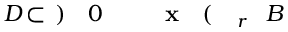
B \! \! \! \! \! \! \! \! \! \! \! \! _ { r } \! \! \! \! \! \! \! \! \! \! \! \! ( \! \! \! \! \! \! \! \! \! \! \! \! \mathbf { x } \! \! \! \! \! \! \! \! \! \! \! \! _ { \! } \! \! \! \! \! \! \! \! \! \! \! 0 \! \! \! \! \! \! \! \! \! \! \! \! ) \! \! \! \! \! \! \! \! \! \! \! \! \subset \! \! \! \! \! \! \! \! \! \! \! \! D \! \! \! \! \! \! \! \! \! \! \!